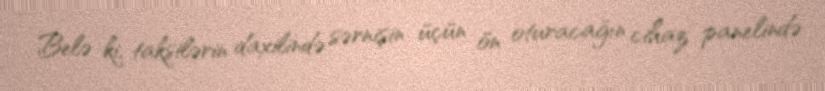
Belə ki, taksilərin daxilində sərnişin üçün ön oturacağın cihaz panelində